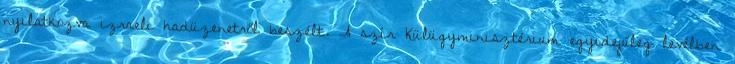
nyilatkozva izraeli hadüzenetről beszélt. A szír Külügyminisztérium egyidejűleg levélben